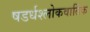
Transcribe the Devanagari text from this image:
षडर्धश्लोकवार्तिक